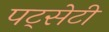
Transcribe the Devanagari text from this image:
पट्सेटी